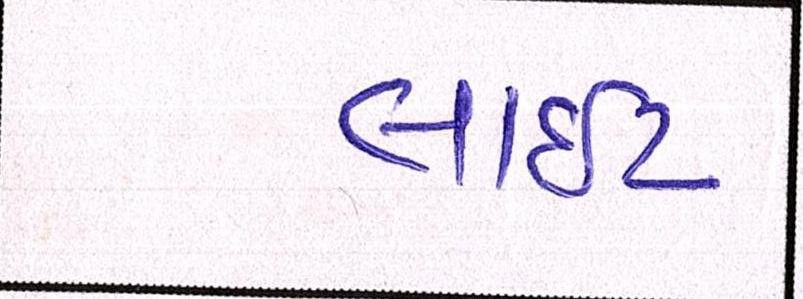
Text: લાઇટ